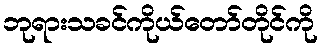
ဘုရားသခင်ကိုယ်တော်တိုင်ကို